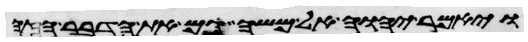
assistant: ויאמר יהוה אל משה גם את הדבר הזה